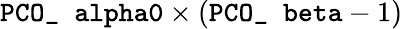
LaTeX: \texttt{PCO\_ alpha0}\times\left(\texttt{PCO\_ beta}-1\right)